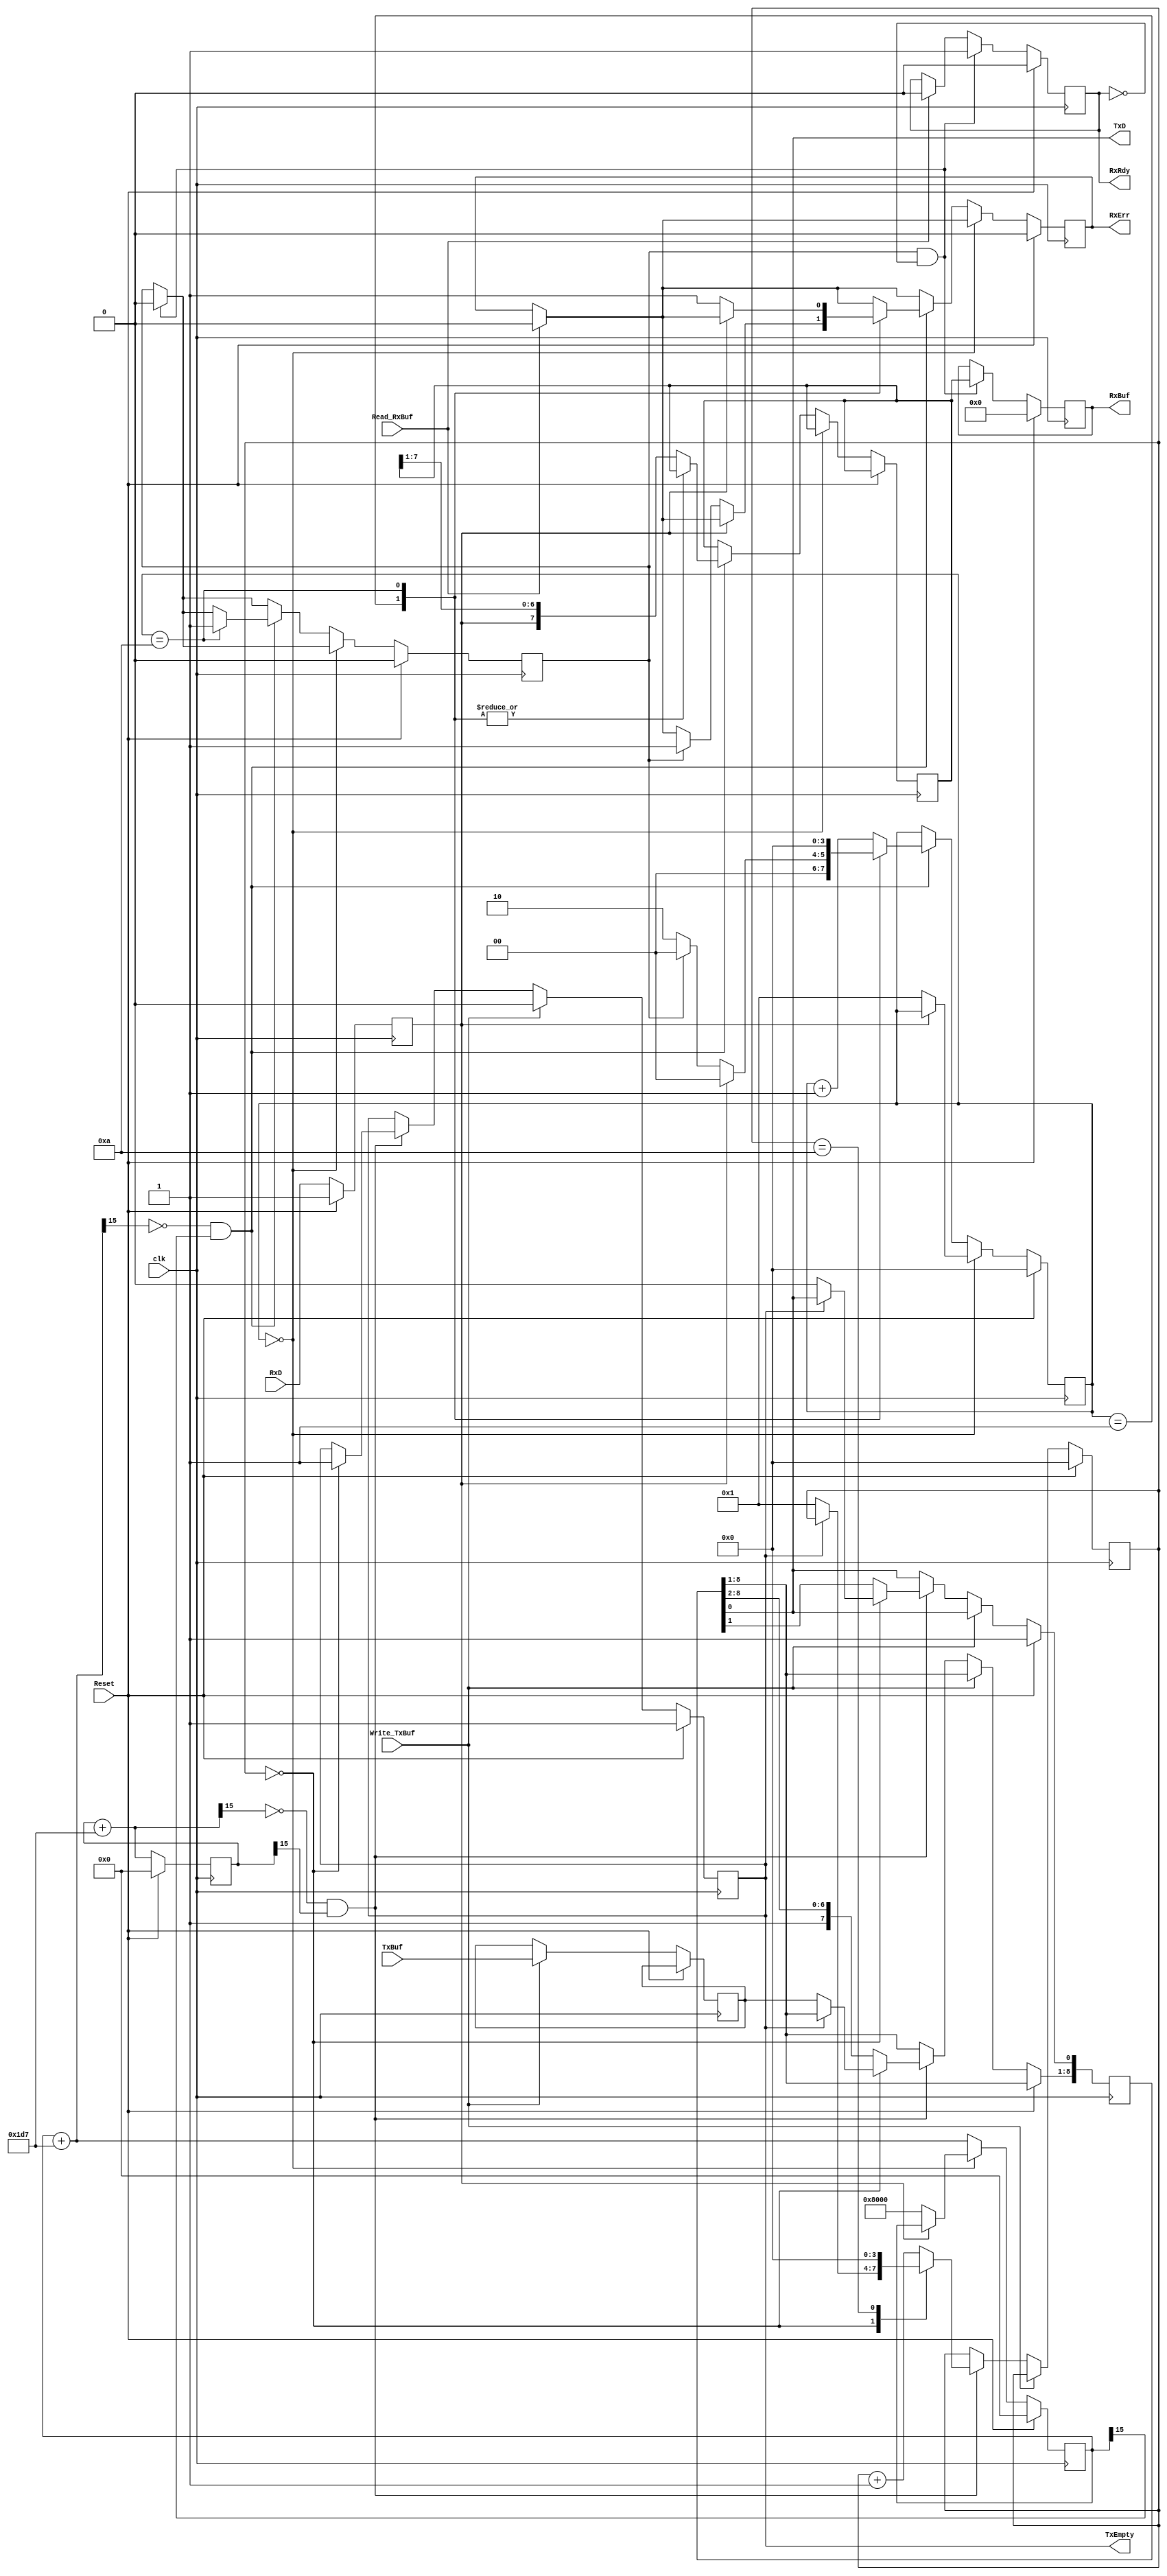
`timescale 1ns / 1ps
//////////////////////////////////////////////////////////////////////////////////
// Company: 
// Engineer: 
// 
// Design Name: 
// Module Name:    UART 
// Project Name: 
// Target Devices: 
// Tool versions: 
// Description: 8 bit UART, no parity, Frame and overrun error checked
//
// Dependencies: 
//
// Revision: 
// Revision 0.01 - File Created
// Additional Comments: 
//
//////////////////////////////////////////////////////////////////////////////////
module UART(clk, Reset, RxD, TxD, RxBuf, RxRdy, RxErr, TxBuf, TxEmpty, Read_RxBuf, Write_TxBuf);
    input clk;
    input Reset;
    input RxD;
    output TxD;
    output reg [7:0] RxBuf;
    output reg RxRdy;
    output reg RxErr;
    input [7:0] TxBuf;
    output reg TxEmpty;
    input Read_RxBuf;
    input Write_TxBuf;

reg [8:0] TxShift_Reg;
reg [7:0] TxBuf_Reg ;
reg [15:0] tr_counter;
reg [3:0] tr_bit_num;
wire [15:0] tr_counter_next;

reg [7:0] RxShift_Reg ;
reg [15:0] rec_counter;
reg [3:0] rec_bit_num;
reg RxShift_Rdy ;
reg RxD_sync ;
wire [15:0] rec_counter_next;

assign TxD = TxShift_Reg[0];

parameter baud_rate_step=16'd471; // baud_rate_step = baud_rate(115.2k) * 2^16 / 16MHz

assign tr_counter_next = tr_counter + baud_rate_step ;
assign tx_clk_en = !tr_counter_next[15] & tr_counter[15] ;

always@ (posedge clk) begin
	if (Reset == 1'b1)
	begin
		tr_counter <= 0;
		tr_bit_num <= 0;
		TxShift_Reg[0] <= 1;
		TxEmpty <= 1 ;
	end
	else
	begin
		tr_counter <= tr_counter_next ;
		if (Write_TxBuf) begin
			TxBuf_Reg <= TxBuf ;
			TxEmpty <= 0 ;
		end
		else if (tx_clk_en)
			case (tr_bit_num)
				4'd0 : if (!TxEmpty)
							begin
								TxEmpty <= 1 ;
								tr_bit_num <= 1 ;
								TxShift_Reg[8:0]<={TxBuf_Reg[7:0], 1'b0};
							end
				4'd10 : begin					
								tr_bit_num[3:0]<=4'd0;
								TxShift_Reg[8:0] <= {1'b1, TxShift_Reg[8:1]};
						end
				default : begin
								tr_bit_num[3:0] <= tr_bit_num[3:0]+4'd1;
								TxShift_Reg[8:0] <= {1'b1, TxShift_Reg[8:1]};
							end
			endcase		 
	end // Not in reset
end // always for transmit

assign rec_counter_next = rec_counter + baud_rate_step ;
assign rec_clk_en = !rec_counter_next[15] & rec_counter[15] ;

always@ (posedge clk) begin
	if (Reset == 1'b1)
	begin
		RxD_sync<=1 ;
		rec_counter <= 0;
		rec_bit_num <= 0;
		RxBuf <= 0 ;
		RxRdy <= 0 ;
		RxErr <= 0 ;
		RxShift_Rdy <= 0 ;
	end
	else
	begin
		RxD_sync<=RxD ;
		if (Read_RxBuf) begin
			RxRdy <= 0 ;
			RxErr <= 0 ;
		end
		if (RxShift_Rdy && !RxRdy) begin // a shiftregiszter ttlthet a bufferbe
			RxRdy <= 1 ;
			RxShift_Rdy <= 0 ;
			RxBuf <= RxShift_Reg ;
		end
		
		if (rec_bit_num==0) begin
			if (!RxD_sync) begin // Start bit lefut le (vagy zaj)
				rec_bit_num <= 1 ;
				rec_counter <= 16'h8000 ;
			end
		end
		else begin
			rec_counter <= rec_counter_next ;
			if (rec_clk_en)
				case (rec_bit_num)
					4'd1 : 
						if (RxD_sync)
							rec_bit_num <= 0 ; // Csak zaj volt, nincs start bit
						else if (RxShift_Rdy) begin
							RxErr <= 1 ; // Tlcsorduls hiba
							rec_bit_num <= 0 ;
						end
						else
							rec_bit_num <= 2 ; 
					4'd10 : begin
						RxShift_Rdy <= 1 ;
						rec_bit_num <= 0 ;
						if (!RxD_sync)
							RxErr <= 1 ; // Keretezs hiba
					end
					default: begin
						rec_bit_num <= rec_bit_num + 1 ;
						RxShift_Reg <= {RxD_sync,RxShift_Reg[7:1]} ;
						end
				endcase
			end // Receive started		 
	end // Not in reset
end // always for receive

endmodule